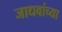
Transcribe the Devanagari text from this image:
जाधवांच्या